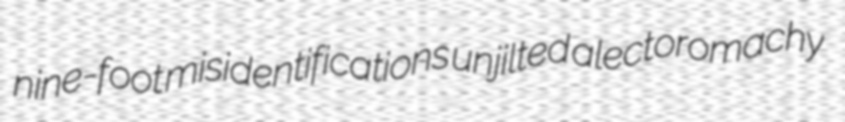
nine-foot misidentifications unjilted alectoromachy